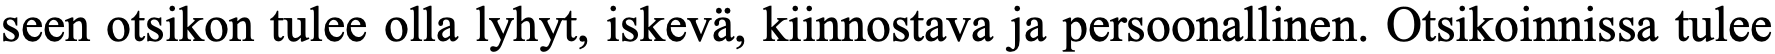
seen otsikon tulee olla lyhyt, iskevä, kiinnostava ja persoonallinen. Otsikoinnissa tulee